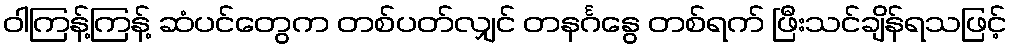
ဝါကြန့်ကြန့် ဆံပင်တွေက တစ်ပတ်လျှင် တနင်္ဂနွေ တစ်ရက် ဖြီးသင်ချိန်ရသဖြင့်